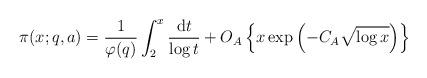
LaTeX: \begin{align*}\pi(x;q,a)={1\over\varphi(q)}\int_2^x{\mathrm dt\over\log t}+O_A\left\{x\exp\left(-C_A\sqrt{\log x}\right)\right\}\end{align*}